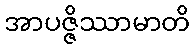
အာပဇ္ဇိဿာမာတိ